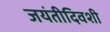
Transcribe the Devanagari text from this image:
जयंतीदिवशी